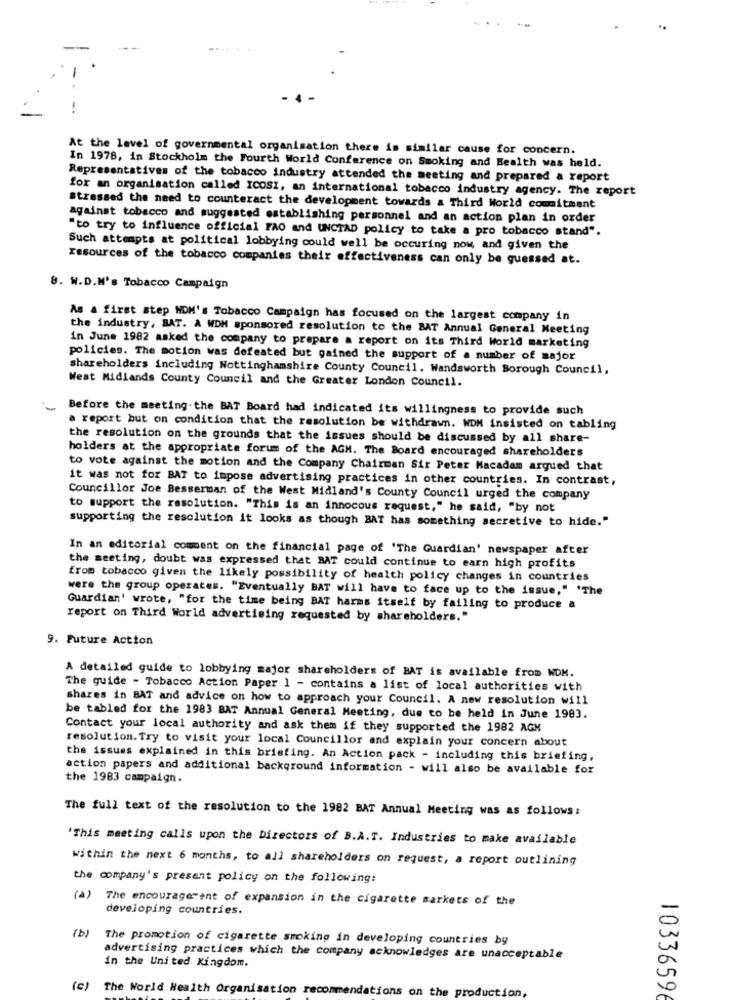
. 4.
At the level of governmental organisation there is similar cause for concern.
In 1978, in Stockholm the Fourth World Conference on Smoking and Health was held.
Representatives of the tobacco industry attended the meeting and prepared a report
for an organisation called ICOSI, an international tobacco industry agency. The report
stressed the need to counteract the development towards a Third World commitment
against tobacco and suggested establishing personnel and an action plan in order
"to try to influence official FAO and UNCTAD policy to take a pro tobacco stand".
Such attempts at political lobbying could well be occuring now, and given the
resources of the tobacco companies their effectiveness can only be guessed at.
8. W.D.M's Tobacco Campaign
As & first step NOM's Tobacco Campaign has focused on the largest company in
the industry, BAT. A WDM sponsored resolution to the BAT Annual General Meeting
in June 1982 asked the company to prepare a report on its Third World marketing
policies. The motion was defeated but gained the support of a number of major
shareholders including Nottinghamshire County Council, Wandsworth Borough Council,
West Midlands County Council and the Greater London Council.
-
Before the meeting. the BAT Board had indicated its willingness to provide such
a report but on condition that the resolution be withdrawn. WDM insisted on tabling
the resolution on the grounds that the issues should be discussed by all share-
holders at the appropriate forum of the AGH. The Board encouraged shareholders
to vote against the motion and the Company Chairman Sir Peter Macadam argued that
it was not for BAT to impose advertising practices in other countries. In contrast,
Councillor Joe Besserman of the West Midland's County Council urged the company
to support the resolution. "This is an innocous request," he said, "by not
supporting the resolution it looks as though BAT has something secretive to hide."
In an editorial comment on the financial page of 'The Guardian' newspaper after
the meeting, doubt was expressed that BAT could continue to earn high profits
from tobacco given the likely possibility of health policy changes in countries
were the group operates. "Eventually BAT will have to face up to the issue," 'The
Guardian' wrote, "for the time being BAT harms itself by failing to produce a
report on Third World advertising requested by shareholders."
9. Future Action
A detailed guide to lobbying major shareholders of BAT is available from WDM.
The guide - Tobacco Action Paper 1 - contains a list of local authorities with
shares in BAT and advice on how to approach your Council. A new resolution will
be tabled for the 1983 BAT Annual General Meeting, due to be held in June 1983.
Contact your local authority and ask them if they supported the 1982 AGM
resolution. Try to visit your local Councillor and explain your concern about
the issues explained in this briefing. An Action pack - including this briefing,
action papers and additional background information - will also be available for
the 1983 campaign.
The full text of the resolution to the 1982 BAT Annual Meeting was as follows:
'This meeting calls upon the Directors of B.A.T. Industries to make available
within the next 6 months, to all shareholders on request, a report outlining
the company's present policy on the following:
(a) The encouragement of expansion in the cigarette markets of the
developing countries.
(b)
The promotion of cigarette smoking in developing countries by
advertising practices which the company acknowledges are unacceptable
in the United Kingdom.
(C)
The World Health Organisation recommendations on the production,
10336596